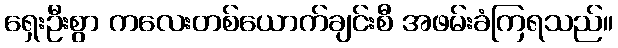
ရှေးဦးစွာ ကလေးတစ်ယောက်ချင်းစီ အဖမ်းခံကြရသည်။